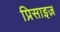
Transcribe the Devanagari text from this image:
प्रिसाइज़